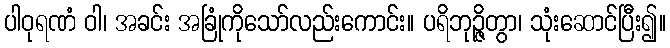
ပါဝုရဏံ ဝါ၊ အခင်း အခြုံကိုသော်လည်းကောင်း။ ပရိဘုဉ္ဇိတွာ၊ သုံးဆောင်ပြီး၍။